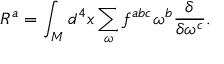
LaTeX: { \cal R } ^ { a } = \int _ { \cal M } d ^ { 4 } x \sum _ { \omega } f ^ { a b c } \omega ^ { b } \frac { \delta } { \delta \omega ^ { c } } .